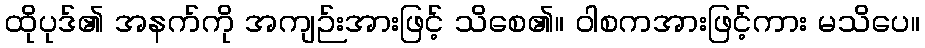
ထိုပုဒ်၏ အနက်ကို အကျဉ်းအားဖြင့် သိစေ၏။ ဝါစကအားဖြင့်ကား မသိပေ။